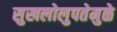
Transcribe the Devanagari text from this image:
सुखलोलुपतेमुळे